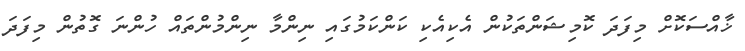
ޚާއްސަކޮށް މިފަދަ ކޮމިޝަންތަކުން އެކިއެކި ކަންކަމުގައި ނިންމާ ނިންމުންތައް ހުންނަ ގޮތުން މިފަދަ